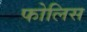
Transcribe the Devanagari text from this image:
फोलिस